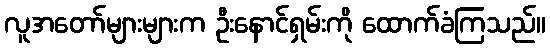
လူအတော်များများက ဦးနောင်ရှမ်းကို ထောက်ခံကြသည်။